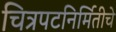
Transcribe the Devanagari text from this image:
चित्रपटनिर्मितीचे